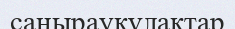
саңыраукұлактар